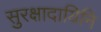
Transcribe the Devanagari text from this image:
सुरक्षादायिनि